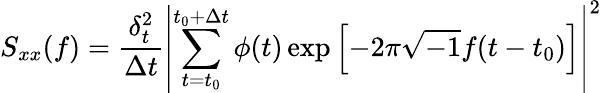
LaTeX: S_{xx}(f)=\frac{\delta_{t}^{2}}{\Delta t}\left|\sum_{t=t_{0}}^{t_{0}+\Delta t}\phi(t)\exp{\left[-2\pi\sqrt{-1}f(t-t_{0})\right]}\right|^{2}